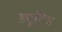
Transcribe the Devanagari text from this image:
ड्यूटिज